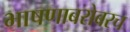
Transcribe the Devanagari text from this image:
भाषणाबरोबरच